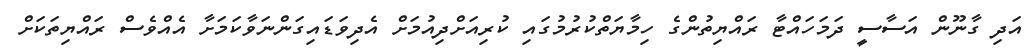
އަދި ގާނޫން އަސާސީ ދަމަހައްޓާ ރައްޔިތުންގެ ހިމާޔަތްކުރުމުގައި ކުރިއަށްދިއުމަށް އެދިވަޑައިގަންނަވާކަމަށާ އެއްވެސް ރައްޔިތަކަށް